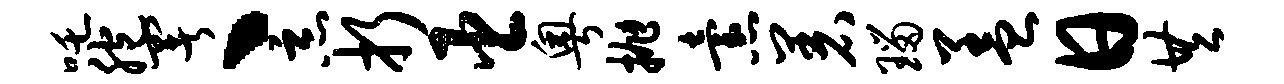
吒胞署丶恶折臣粤抛怠着瑙盖日共